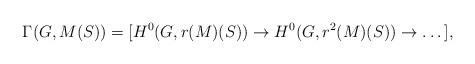
LaTeX: \begin{align*}\Gamma(G, M(S)) = [H^0(G, r(M)(S)) \to H^0(G, r^2(M)(S)) \to \dots],\end{align*}